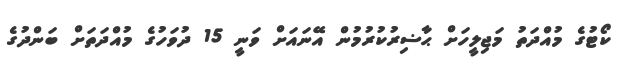
ކޯޓުގެ މުއްދަތު މަޖިލީހަށް ޙާޟިރުކުރުމުން އޭނައަށް ވަނީ 15 ދުވަހުގެ މުއްދަތަށް ބަންދުގެ